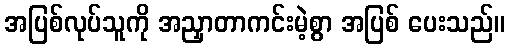
အပြစ်လုပ်သူကို အညှာတာကင်းမဲ့စွာ အပြစ် ပေးသည်။